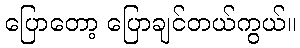
ပြောတော့ ပြောချင်တယ်ကွယ်။